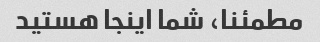
مطمئنا، شما اینجا هستید